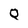
Character: Q